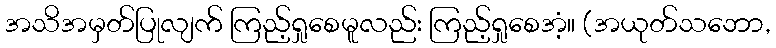
အသိအမှတ်ပြုလျက် ကြည့်ရှုစေမူလည်း ကြည့်ရှုစေအံ့။ (အယုတ်သဘော,